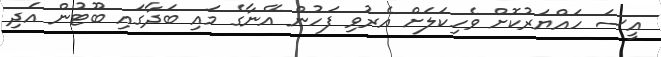
އީސަ ހައްޔަރުކޮށް ވެހިކަލަށް އެރުވި ފަހުން އޭނާގެ މައި ބަދާގައި ބޫޓުން އަދި